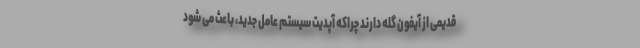
قدیمی از آیفون گله دارند چراکه آپدیت سیستم عامل جدید، باعث می شود